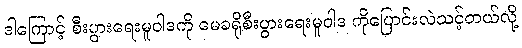
ဒါကြောင့် စီးပွားရေးမူဝါဒကို မေခရိုစီးပွားရေးမူဝါဒ ကိုပြောင်းလဲသင့်တယ်လို့